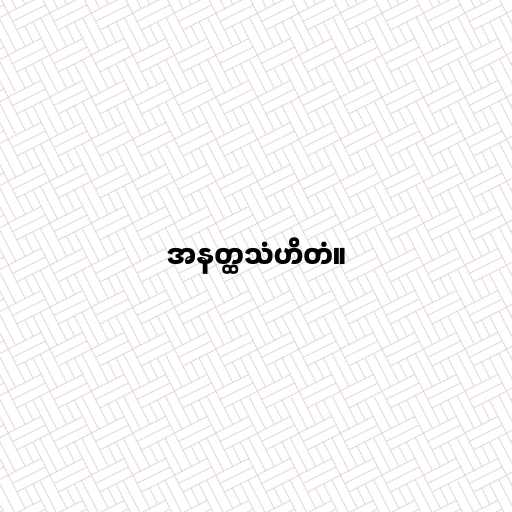
အနတ္ထသံဟိတံ။